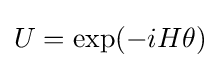
U=\exp(-iH\theta )